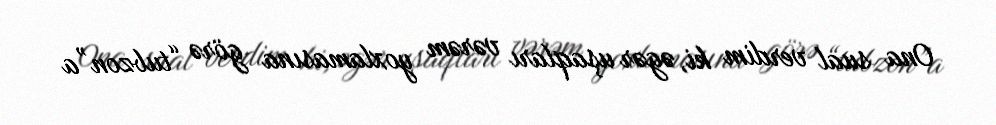
Ona sual verdim ki, əgər uşaqları vərəm yoxlamasına görə “tubzon”a